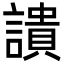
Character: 䜋